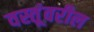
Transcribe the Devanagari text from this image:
वस्तूंवरील